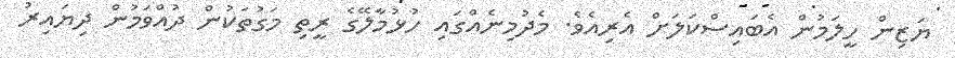
ޔަޒިން ހީލަމުން އެބައިސްކަލަށް އެރިއެވެ. މެދުމިނެއްގައި ހުޅުމާލޭގެ ރީތި މަގުތަކުން ދުއްވަމުން ދިޔައިރު